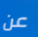
عن